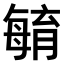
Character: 𣫺